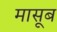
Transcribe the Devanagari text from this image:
मासूब